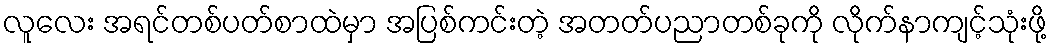
လူလေး အရင်တစ်ပတ်စာထဲမှာ အပြစ်ကင်းတဲ့ အတတ်ပညာတစ်ခုကို လိုက်နာကျင့်သုံးဖို့